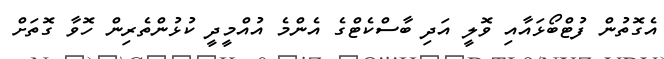
އެގޮތުން ފުޓްބޯޅައާއި ވޮލީ އަދި ބާސްކެޓްގެ އެންމެ އުއްމީދީ ކުޅުންތެރިން ހޮވާ ގޮތަށް